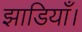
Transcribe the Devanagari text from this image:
झाडियाँ।